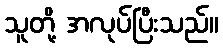
သူတို့ အလုပ်ပြီးသည်။